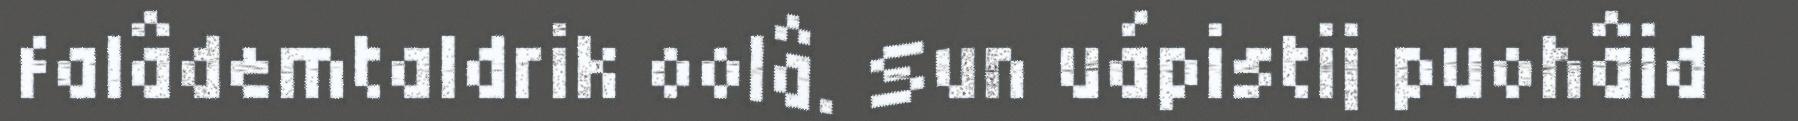
falâdemtaldrik oolâ. Sun uápistij puohâid